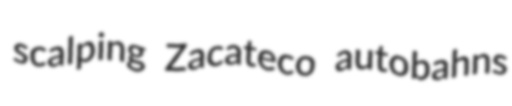
scalping Zacateco autobahns